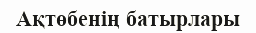
Ақтөбенің батырлары